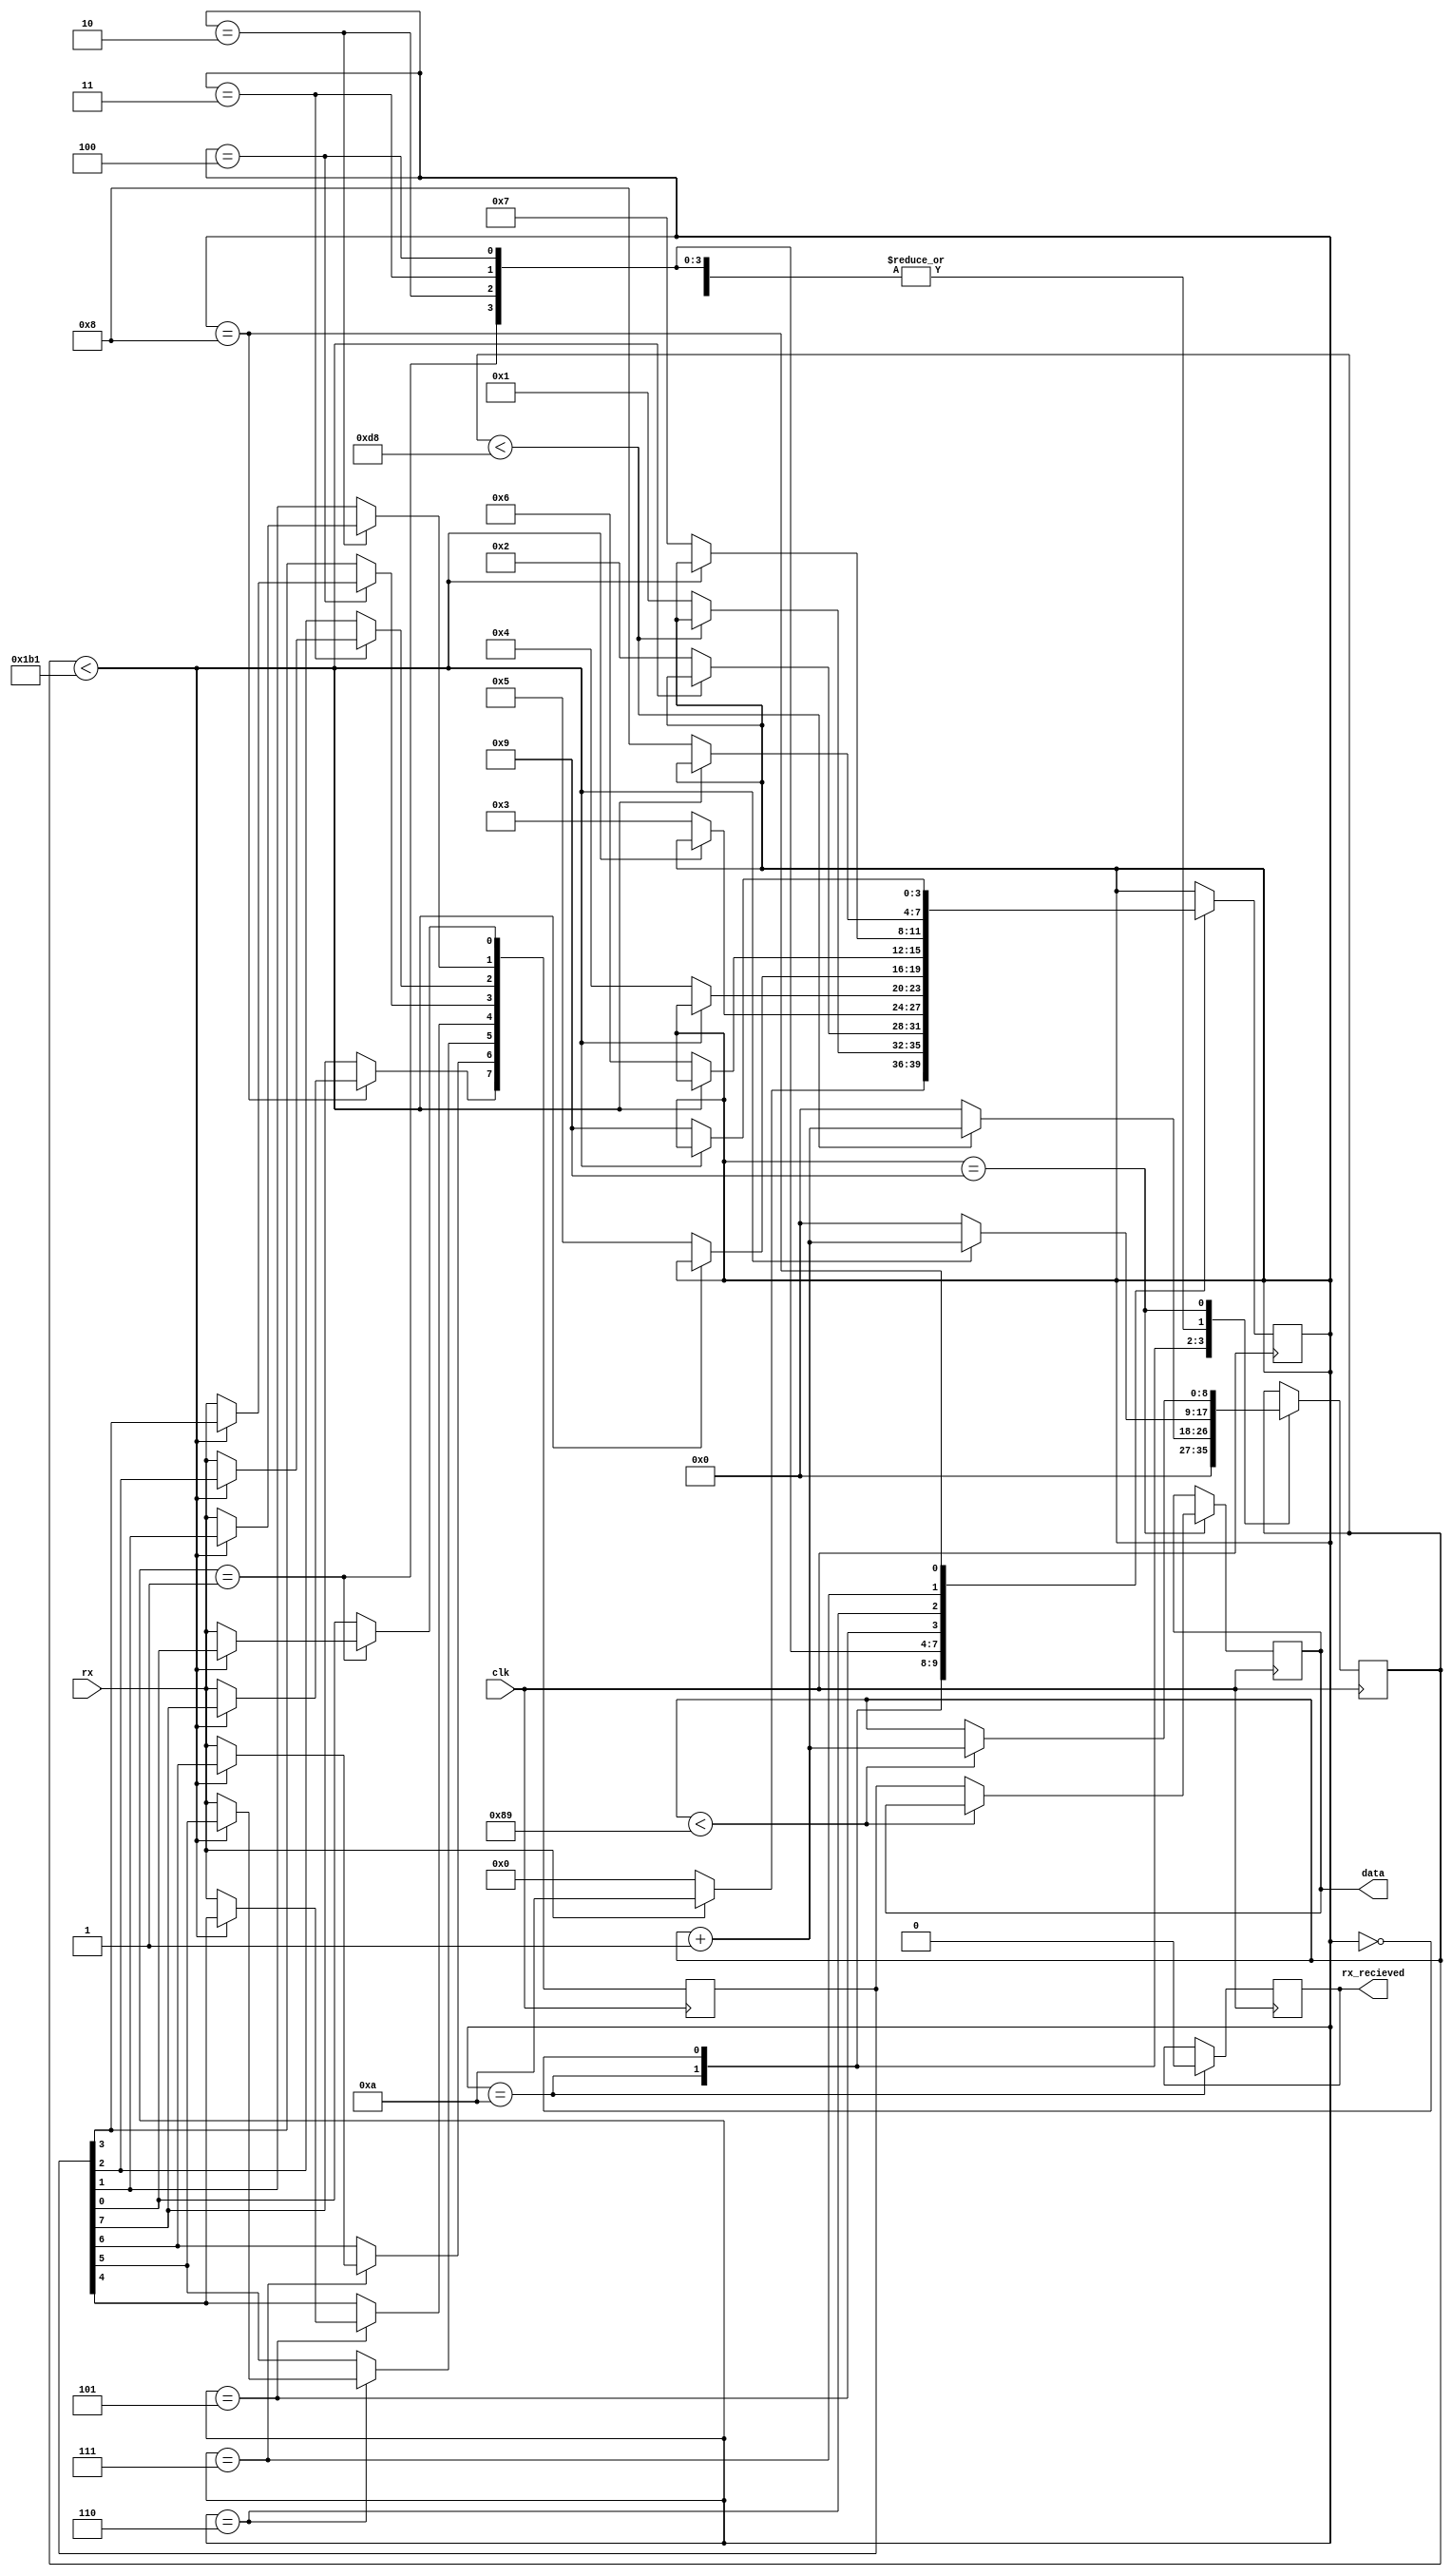
module UART_rx(
	input clk,
	input rx,
	output reg [7:0] data,
	output reg rx_recieved
	
);

reg [8:0] counter;

initial begin
	data <= 0;
	rx_recieved <= 0;
	
end

reg[7:0] message;


parameter start = 4'd0;
parameter d1 = 4'd1;
parameter d2 = 4'd2;
parameter d3 = 4'd3;
parameter d4 = 4'd4;
parameter d5 = 4'd5;
parameter d6 = 4'd6;
parameter d7 = 4'd7;
parameter d8 = 4'd8;
parameter stop = 4'd9;
parameter idle = 4'd10;

reg [3:0] state = idle;

always@(posedge clk) begin
	case(state)
		idle: begin
			counter <= 0;
			rx_recieved <=0;
			if (rx == 1'b0) begin
				state <=start;
			end else begin
				state <= idle;
			end
		end
		start: begin
			if(counter <9'd216) begin
				counter = counter + 1;
			end else begin
				counter = 0;
				state <= d1;
			end
		end
		d1: begin
			if(counter <9'd433) begin
				counter = counter + 1;
			end else begin
				counter = 0;
				message[0] <= rx;
				state <= d2;
			end
		end
		d2: begin
			if(counter <9'd433) begin
				counter = counter + 1;
			end else begin
				counter = 0;
				message[1] <= rx;
				state <= d3;
			end
		end
		d3: begin
			if(counter <9'd433) begin
				counter = counter + 1;
			end else begin
				counter = 0;
				message[2] <= rx;
				state <= d4;
			end
		end
		d4: begin
			if(counter <9'd433) begin
				counter = counter + 1;
			end else begin
				counter = 0;
				message[3] <= rx;
				state <= d5;
			end
		end
		d5: begin
			if(counter <9'd433) begin
				counter = counter + 1;
			end else begin
				counter = 0;
				message[4] <= rx;
				state <= d6;
			end
		end
		d6: begin
			if(counter <9'd433) begin
				counter = counter + 1;
			end else begin
				counter = 0;
				message[5] <= rx;
				state <= d7;
			end
		end
		d7: begin
			if(counter <9'd433) begin
				counter = counter + 1;
			end else begin
				counter = 0;
				message[6] <= rx;
				state <= d8;
			end
		end
		d8: begin
			if(counter <9'd433) begin
				counter = counter + 1;
			end else begin
				counter = 0;
				message[7] <= rx;
				state <= stop;
			end
		end
		stop: begin
			if(counter <9'd649) begin
				counter = counter +1;
			end else begin
				data <= message;
			end
		end
	endcase
end
endmodule